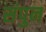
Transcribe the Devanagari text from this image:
संपुन